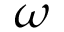
\omega